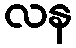
လန